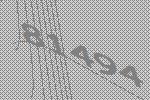
81494